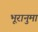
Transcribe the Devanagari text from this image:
भूरानुमा